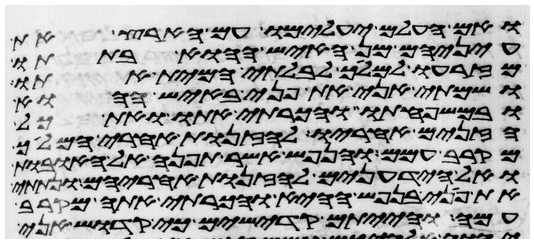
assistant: ואם העלם יעלמו עם הארץ את
עיניהם מן האיש ההוא בתתו
מזרעו למלך לבלתי המית אתו
ושמתי אני את פני באיש ההוא
ובמשפחתו והכרתי אתו ואת כל
הזנים אחריו לזנות אחרי המלך
מקרב עמם והנפש אשר תפנה אל האובות
ואל הידעונים לזנות אחריהם ונתתי
את פני בנפש ההיא והכרתי אתה מקרב
עמה והייתם קדישים כי קדוש אני